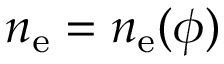
n _ { \mathrm { e } } = n _ { \mathrm { e } } ( \phi )